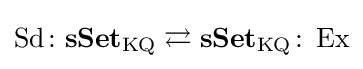
\operatorname {Sd} \colon \mathbf {sSet} _{\mathrm {KQ} }\rightleftarrows \mathbf {sSet} _{\mathrm {KQ} }\colon \operatorname {Ex}